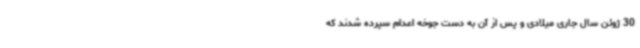
30 ژوئن سال جاری میلادی و پس از آن به دست جوخه اعدام سپرده شدند که